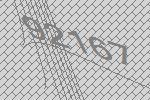
92167